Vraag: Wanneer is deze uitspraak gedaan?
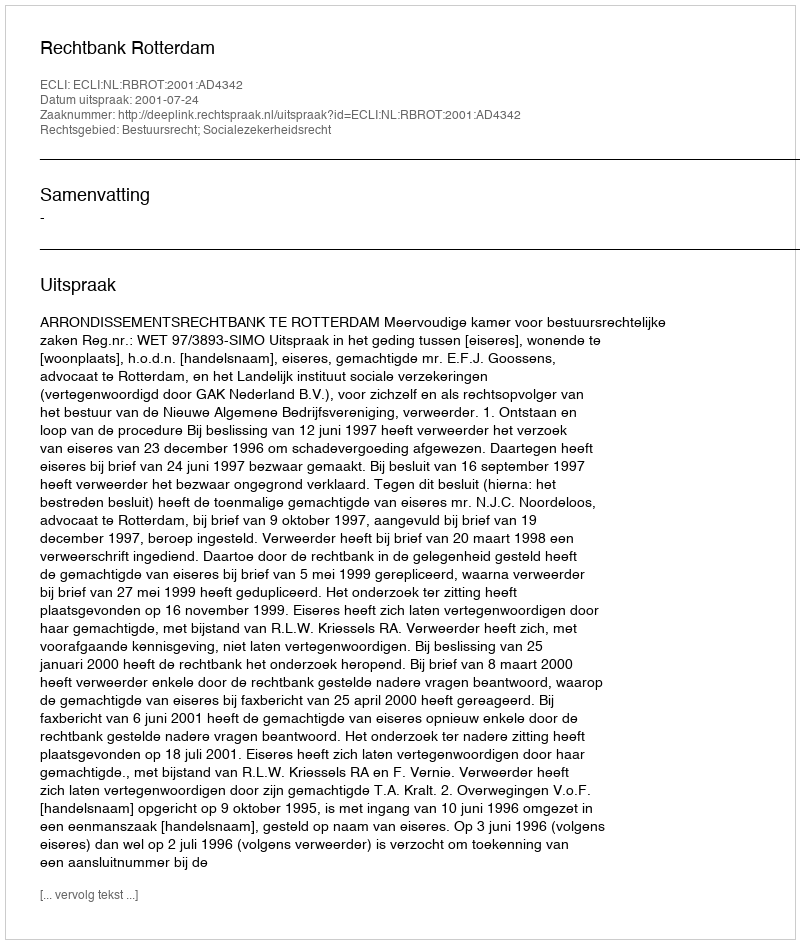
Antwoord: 2001-07-24